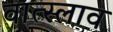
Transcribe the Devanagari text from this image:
वात्स्लाव